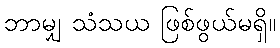
ဘာမျှ သံသယ ဖြစ်ဖွယ်မရှိ။